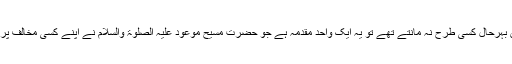
لیکن بہرحال کسی طرح نہ مانتے تھے تو یہ ایک واحد مقدمہ ہے جو حضرت مسیح موعود علیہ الصلوٰۃ والسلام نے اپنے کسی مخالف پر کیا۔